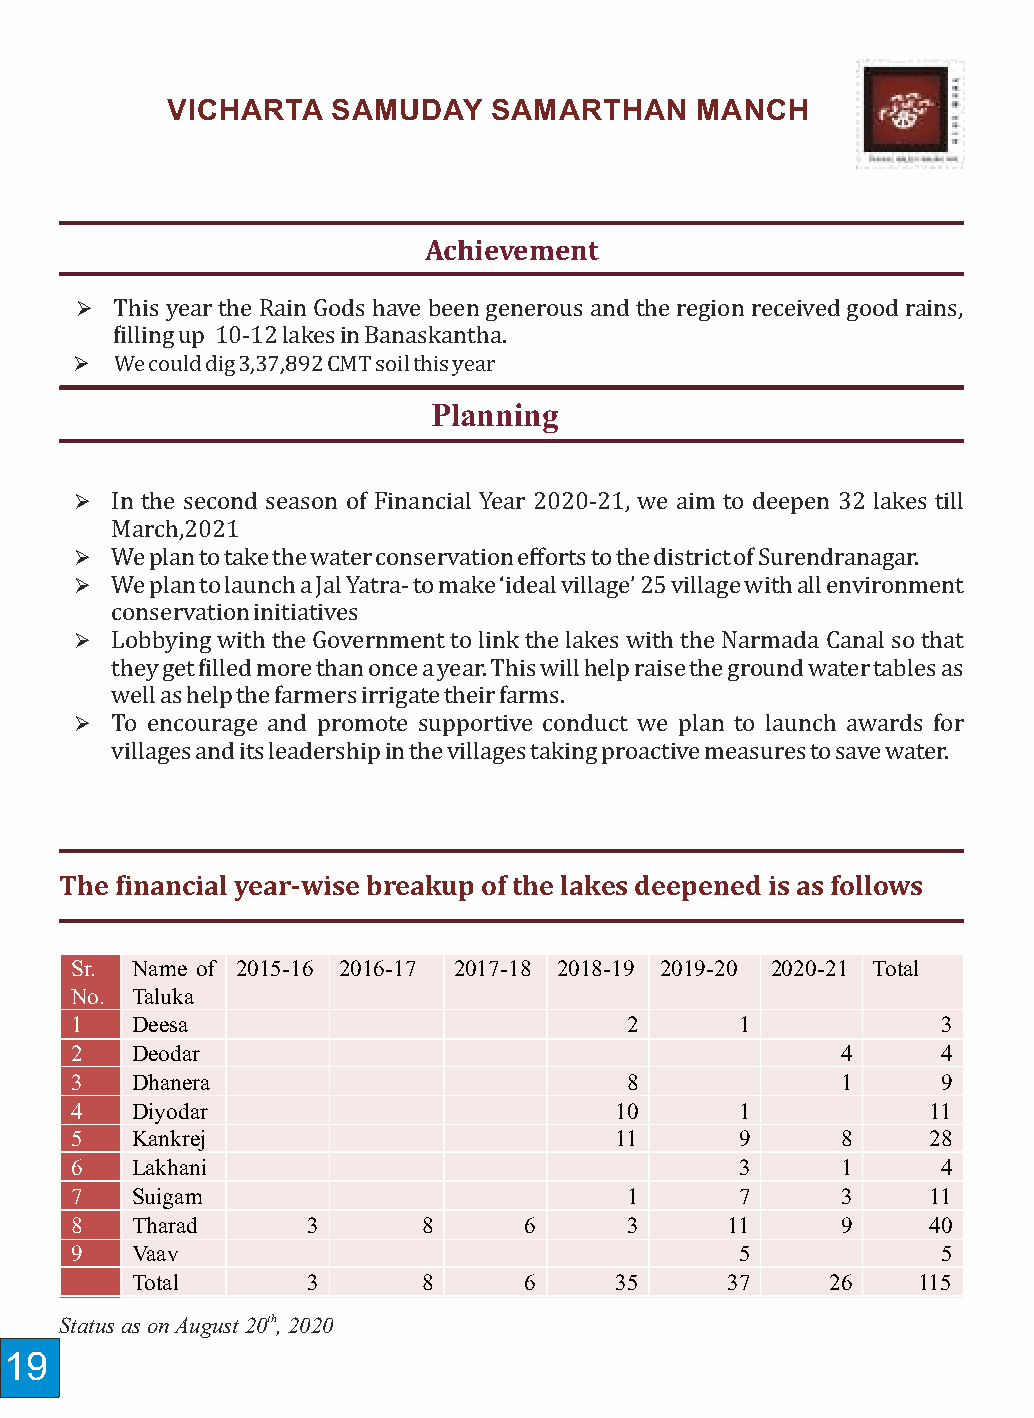
VICHARTA   SAMUDAY   SAMARTHAN     MANCH                           VICHARTA   SAMUDAY    SAMARTHAN    MANCH
 Achievement
 Ø  This year the Rain Gods have been generous and the region received good rains,
 illing up 10-12 lakes in Banaskantha.
 Ø  We could dig 3,37,892 CMT soil this year
 Planning
 Ø In the second season of Financial Year 2020-21, we aim to deepen 32 lakes till
 March,2021
 Ø We plan to take the water conservation efforts to the district of Surendranagar.
 Ø We plan to launch a Jal Yatra- to make ‘ideal village’ 25 village with all environment
 conservation initiatives
 Ø Lobbying with the Government to link the lakes with the Narmada Canal so that
 they get illed more than once a year. This will help raise the ground water tables as
 well as help the farmers irrigate their farms.
 Ø To encourage and promote supportive conduct we plan to launch awards for
 villages and its leadership in the villages taking proactive measures to save water.
 The inancial year-wise breakup of the lakes deepened is as follows
 Sr. Name of 2015-16 2016-17 2017-18 2018-19 2019-20 2020-21 Total
 No. Taluka
 1   Deesa                           2       1            3
 2   Deodar                                         4     4
 3   Dhanera                         8              1     9
 4   Diyodar                         10      1           11
 5   Kankrej                         11      9      8    28
 6   Lakhani                                 3      1     4
 7   Suigam                          1       7      3    11
 8   Tharad     3       8      6     3      11      9    40
 9   Vaav                                    5            5
 Total      3       8      6     35     37     26    115
 Status as on August 20th, 2020
 19                                                                                                                                 20